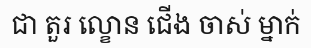
ជា តួរ ល្ខោន ជើង ចាស់ ម្នាក់